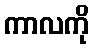
ကာလကို